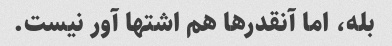
بله، اما آنقدرها هم اشتها آور نیست.